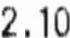
2.10